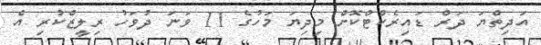
އަދިތްޔަ ދަރް ޑައިރެކްޓްކޮށް މިދިޔަ މަހުގެ 11 ވަނަ ދުވަހު ރިލީޒްކުރި އެ